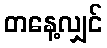
တနေ့လျှင်